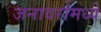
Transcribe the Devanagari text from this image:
जनावरांमध्ये